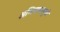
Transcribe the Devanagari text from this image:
अभियानामुळे